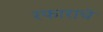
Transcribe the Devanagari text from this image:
रफाराचे